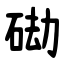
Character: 䂶